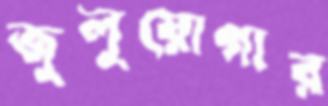
জুলুয়োগার